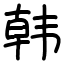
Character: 韩